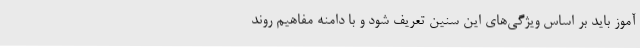
آموز باید بر اساس ویژگی‌های این سنین تعریف شود و با دامنه مفاهیم روند